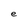
Character: e